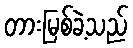
တားမြစ်ခဲ့သည်